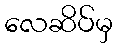
လေဆိပ်မှ